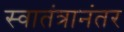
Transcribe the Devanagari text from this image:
स्वातंत्रानंतर